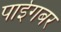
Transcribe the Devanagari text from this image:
पाईगबर